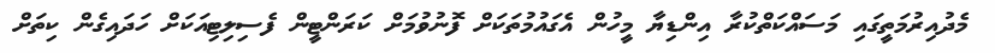
މެދުއިރުމަތީގައި މަސައްކަތްކުރާ އިންޑިޔާ މީހުން އެގައުމުތަކަށް ފޮނުވުމަށް ކަރަންޓީން ފެސިލިޓިއަކަށް ހަދައިގެން ކިތަށް